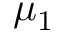
\mu _ { 1 }